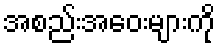
အစည်းအဝေးများကို